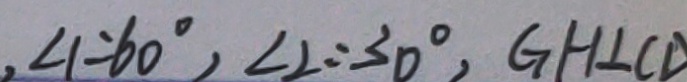
, \angle 1 = 6 0 ^ { \circ } , \angle 2 = 3 0 ^ { \circ } , G H \bot C D